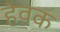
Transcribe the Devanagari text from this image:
हेवक